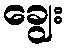
ချွေး